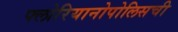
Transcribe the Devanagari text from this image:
फ्लोरियानोपोलिसची